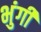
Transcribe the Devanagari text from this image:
भुंगी